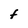
Character: F